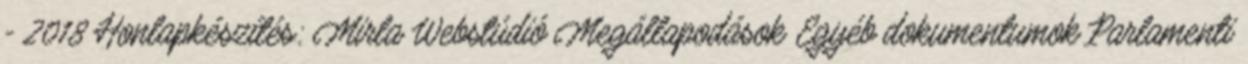
- 2018 Honlapkészítés: Mirla Webstúdió Megállapodások Egyéb dokumentumok Parlamenti